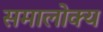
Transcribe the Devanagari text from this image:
समालोक्य